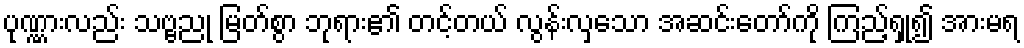
ပုဏ္ဏားလည်း သဗ္ဗညု မြတ်စွာ ဘုရား၏ တင့်တယ် လွန်းလှသော အဆင်းတော်ကို ကြည့်ရှု၍ အားမရ